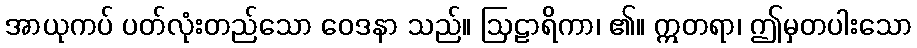
အာယုကပ် ပတ်လုံးတည်သော ဝေဒနာ သည်။ ဩဠာရိကာ၊ ၏။ ဣတရာ၊ ဤမှတပါးသော